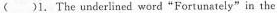
( )1.The underlined word "Fortunately" in the